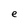
Character: e